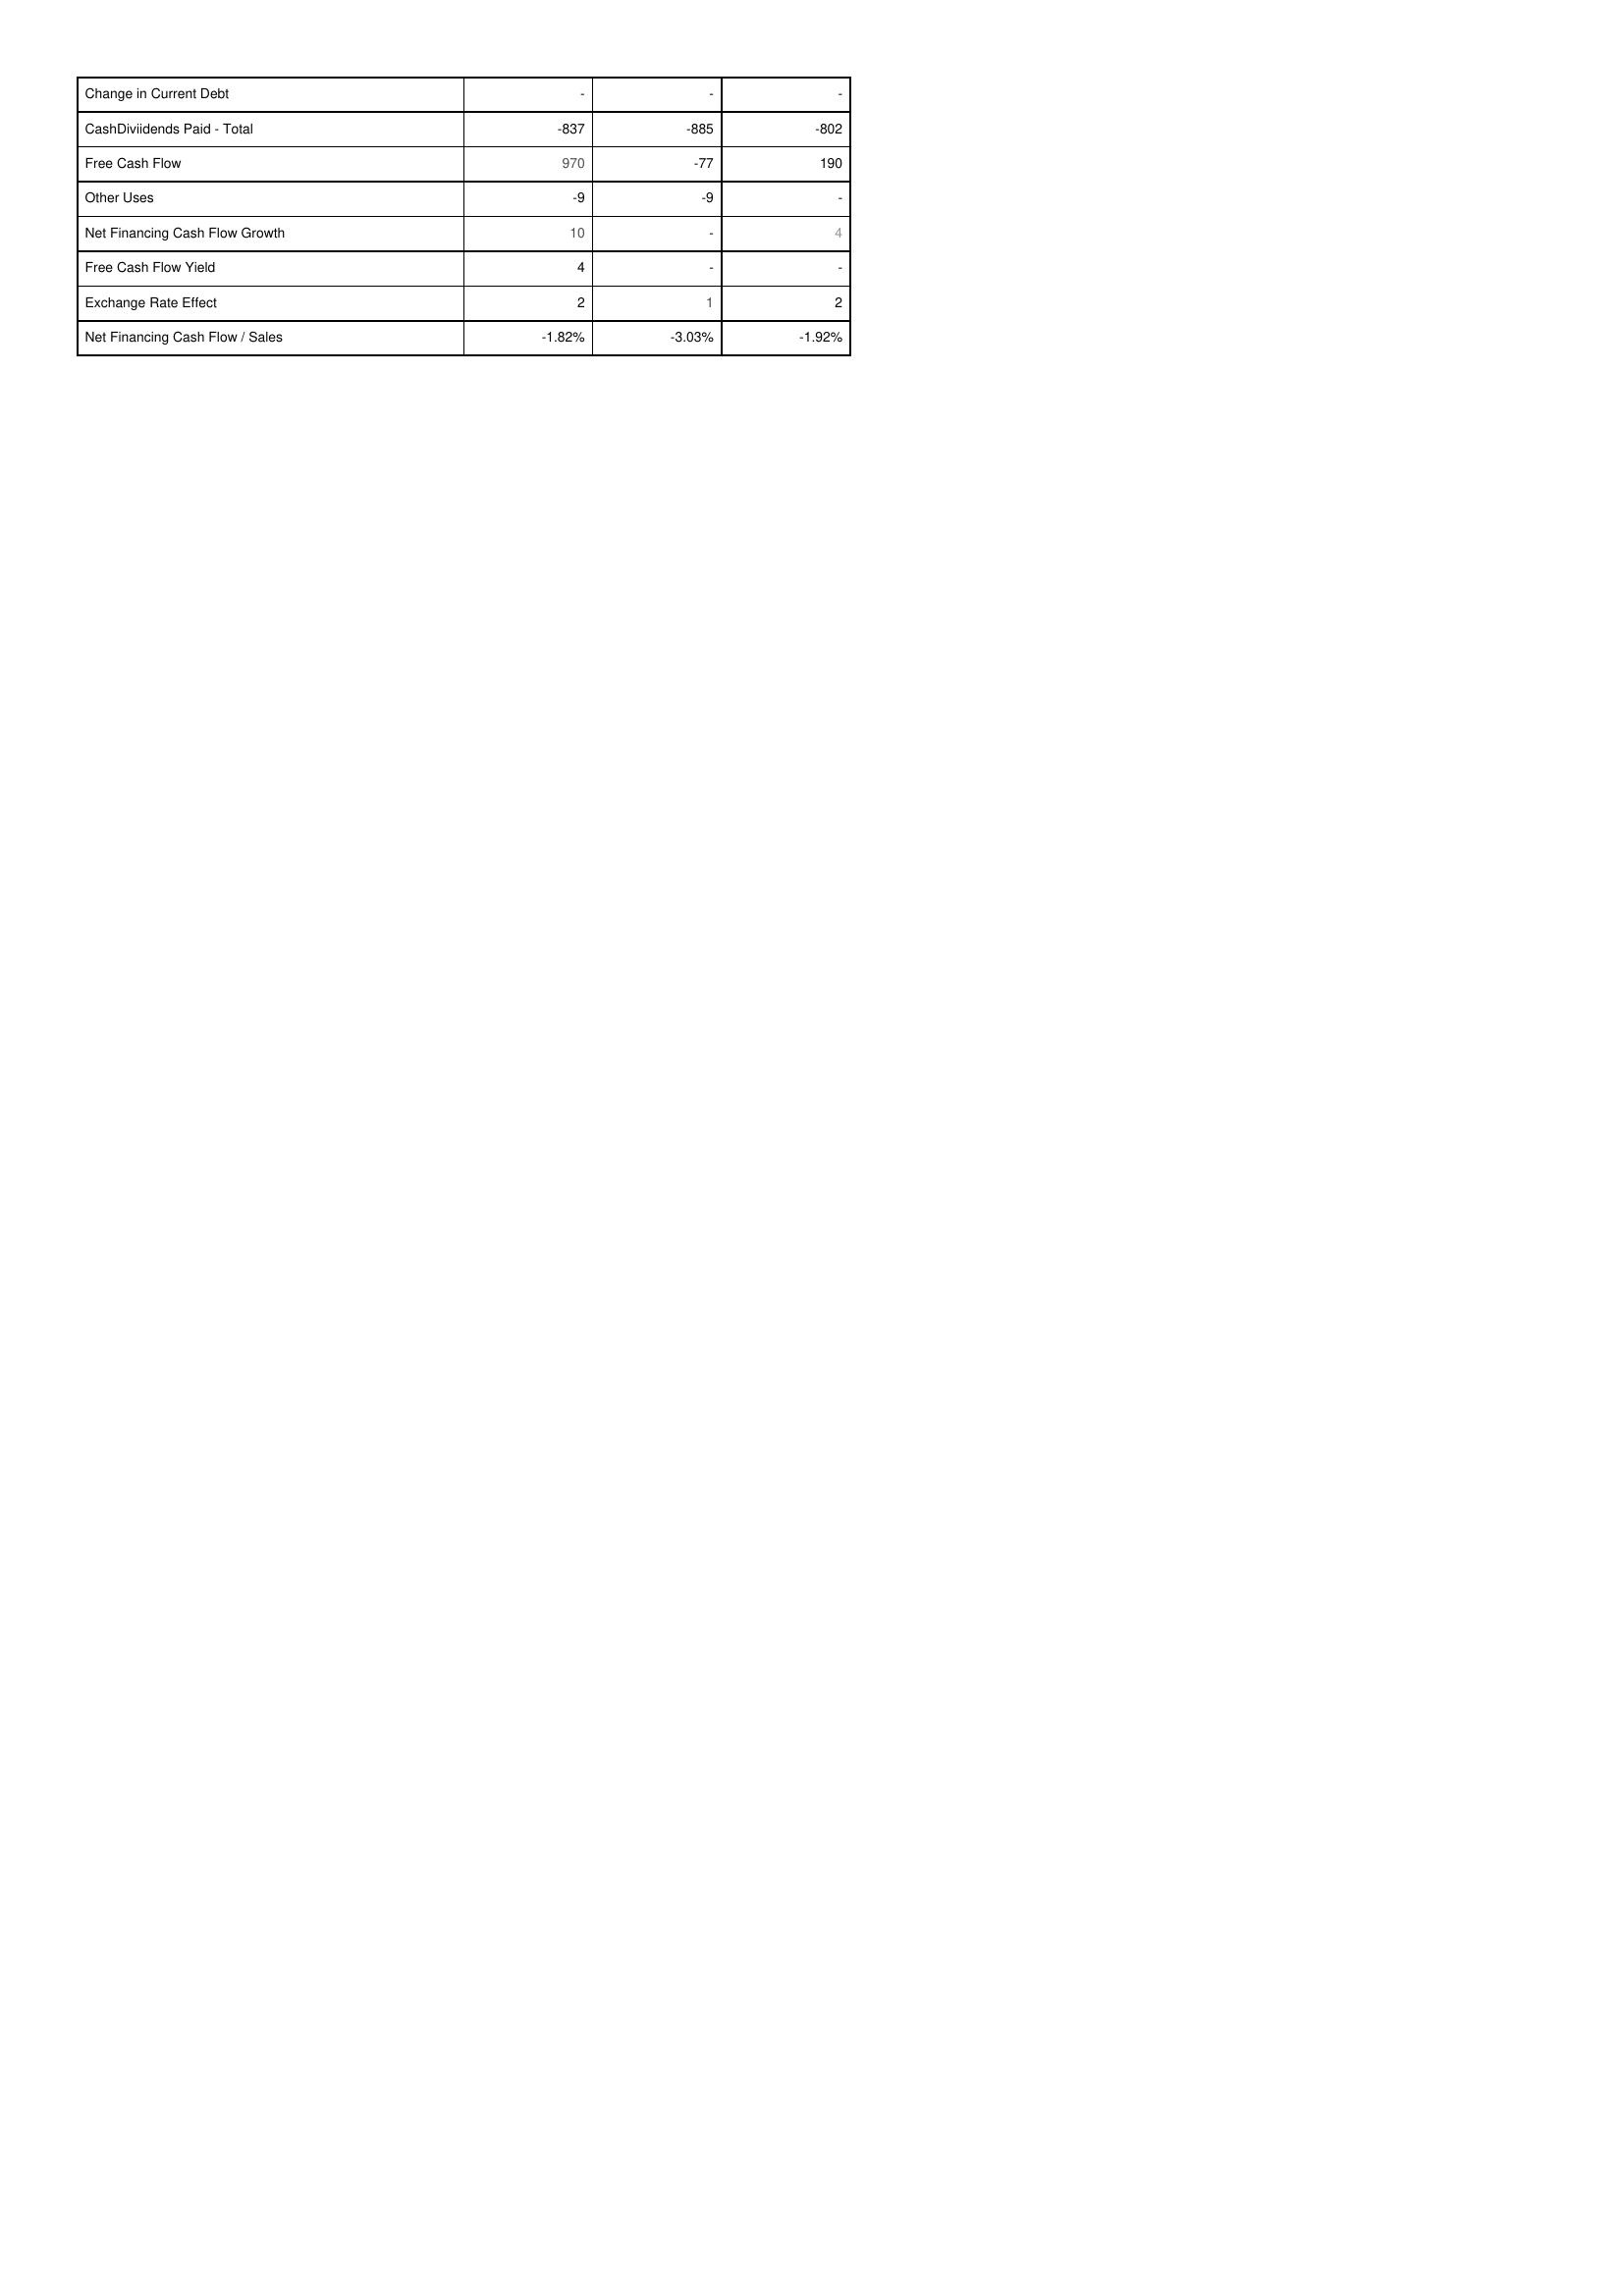
2008: Financing Activities: Change in Current Debt: -
CashDiviidends Paid - Total: -837
Free Cash Flow: 970
Other Uses: -9
Net Financing Cash Flow Growth: 10
Free Cash Flow Yield: 4
Exchange Rate Effect: 2
Net Financing Cash Flow / Sales: -1.82%
2007: Financing Activities: Change in Current Debt: -
CashDiviidends Paid - Total: -885
Free Cash Flow: -77
Other Uses: -9
Net Financing Cash Flow Growth: -
Free Cash Flow Yield: -
Exchange Rate Effect: 1
Net Financing Cash Flow / Sales: -3.03%
2006: Financing Activities: Change in Current Debt: -
CashDiviidends Paid - Total: -802
Free Cash Flow: 190
Other Uses: -
Net Financing Cash Flow Growth: 4
Free Cash Flow Yield: -
Exchange Rate Effect: 2
Net Financing Cash Flow / Sales: -1.92%